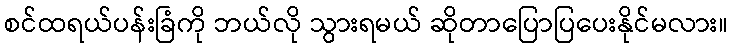
စင်ထရယ်ပန်းခြံကို ဘယ်လို သွားရမယ် ဆိုတာပြောပြပေးနိုင်မလား။